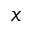
x